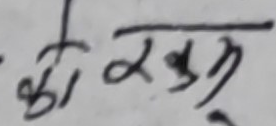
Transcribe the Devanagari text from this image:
का रखु